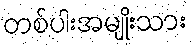
တစ်ပါးအမျိုးသား